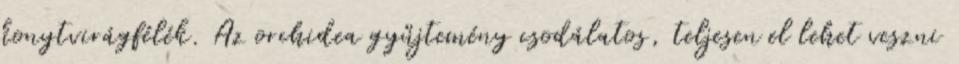
konytvirágfélék. Az orchidea gyűjtemény csodálatos, teljesen el lehet veszni